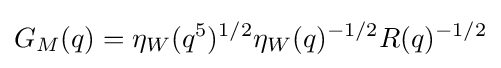
G_{M}(q)=\eta _{W}(q^{5})^{1/2}\eta _{W}(q)^{-1/2}R(q)^{-1/2}